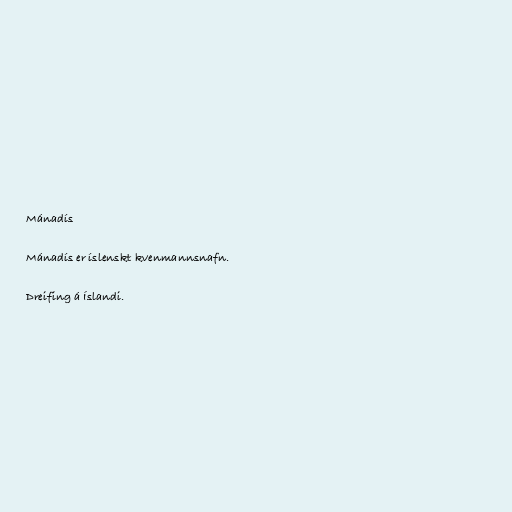
Mánadís

Mánadís er íslenskt kvenmannsnafn.

Dreifing á Íslandi.